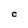
Character: C